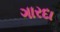
ગારદા